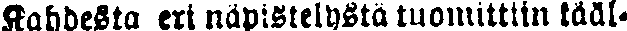
Kahdesta eri näpistelystä tuomittiin tääl-